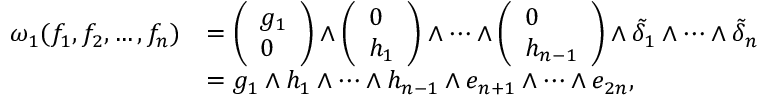
\begin{array} { r l } { \omega _ { 1 } ( f _ { 1 } , f _ { 2 } , \dots , f _ { n } ) } & { = \left( \begin{array} { l } { g _ { 1 } } \\ { 0 } \end{array} \right) \wedge \left( \begin{array} { l } { 0 } \\ { h _ { 1 } } \end{array} \right) \wedge \dots \wedge \left( \begin{array} { l } { 0 } \\ { h _ { n - 1 } } \end{array} \right) \wedge \tilde { \delta } _ { 1 } \wedge \dots \wedge \tilde { \delta } _ { n } } \\ & { = g _ { 1 } \wedge h _ { 1 } \wedge \dots \wedge h _ { n - 1 } \wedge e _ { n + 1 } \wedge \dots \wedge e _ { 2 n } , } \end{array}